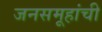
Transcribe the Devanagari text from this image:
जनसमूहांची